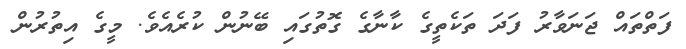
ފަތްތައް ޖަނަވާރު ފަދަ ތަކެތީގެ ކާނާގެ ގޮތުގައި ބޭނުން ކުރެއެވެ. މީގެ އިތުރުން